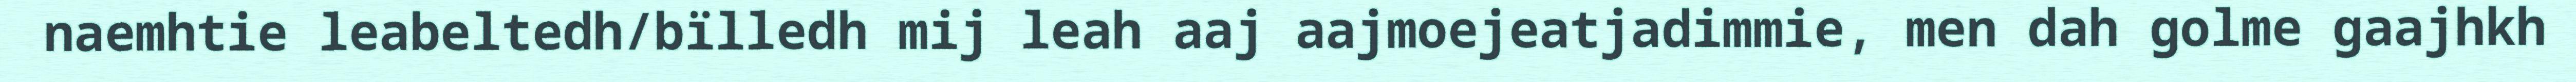
naemhtie leabeltedh/bïlledh mij leah aaj aajmoejeatjadimmie, men dah golme gaajhkh